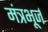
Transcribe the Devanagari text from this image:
मंत्रभूर्ज